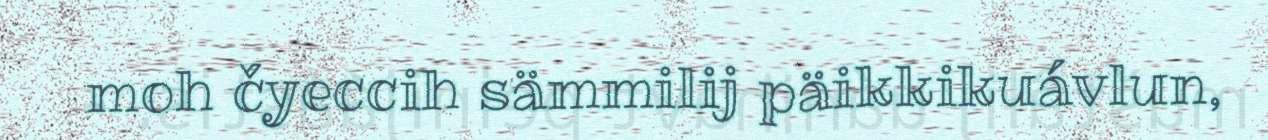
moh čyeccih sämmilij päikkikuávlun,